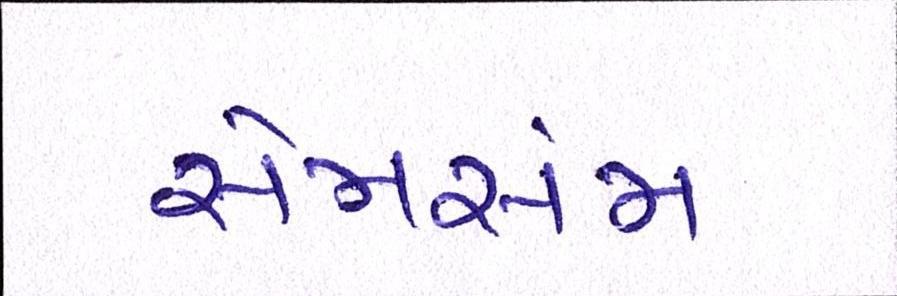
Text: સેમસંમ